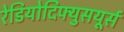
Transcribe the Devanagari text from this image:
रेडियोदिफ्युसयूर्स